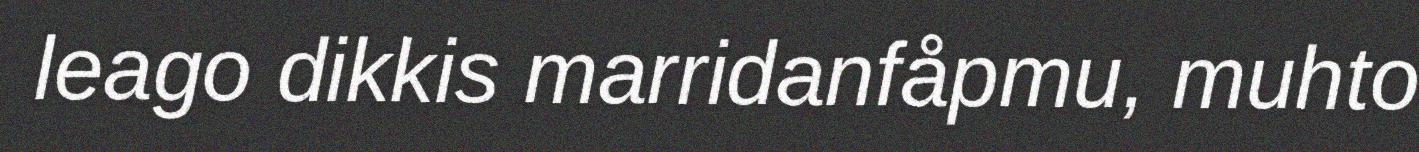
leago dikkis marridanfåpmu, muhto